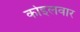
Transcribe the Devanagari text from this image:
कोइलवार